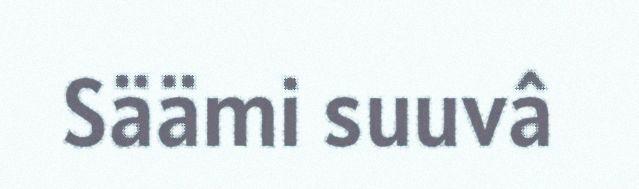
Säämi suuvâ